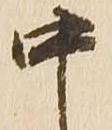
中